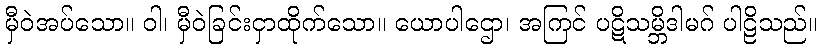
မှီဝဲအပ်သော။ ဝါ၊ မှီဝဲခြင်းငှာထိုက်သော။ ယောပါဌော၊ အကြင် ပဋိသမ္ဘိဒါမဂ် ပါဠိသည်။